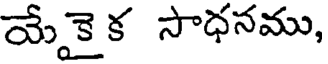
యేకై క సాధనము,